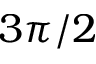
3 \pi / 2